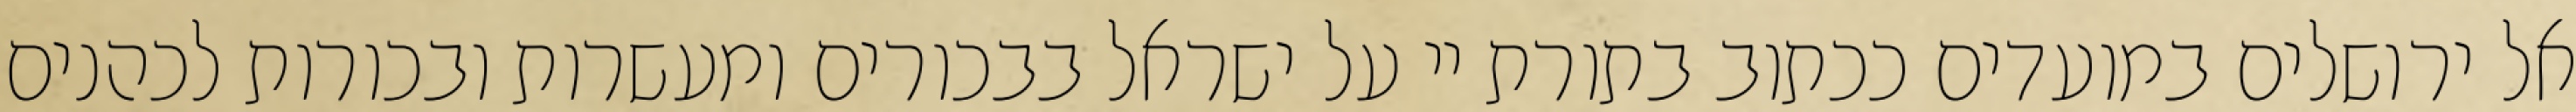
אל ירושלים במועדים ככתוב בתורת יי על ישראל בבכורים ומעשרות ובכורות לכהנים